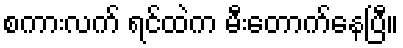
စကားလက် ရင်ထဲက မီးတောက်နေပြီ။